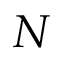
N